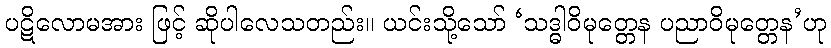
ပဋိလောမအား ဖြင့် ဆိုပါလေသတည်း။ ယင်းသို့သော် ‘သဒ္ဓါဝိမုတ္တေန ပညာဝိမုတ္တေန’ဟု